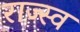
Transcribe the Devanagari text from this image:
राज्स्व